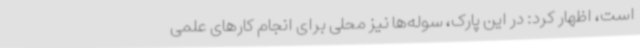
است، اظهار کرد: در این پارک، سوله‌ها نیز محلی برای انجام کارهای علمی